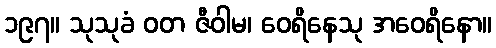
၁၉၇။ သုသုခံ ဝတ ဇီဝါမ၊ ဝေရိနေသု အဝေရိနော။